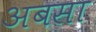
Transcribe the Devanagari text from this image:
अबसा